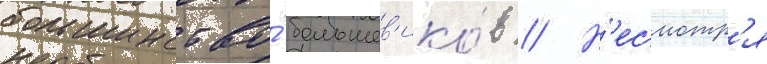
большинство́ большев'ико́в // Н'есмотр'я